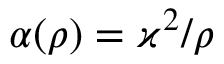
\alpha ( \rho ) = \varkappa ^ { 2 } / \rho